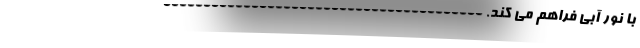
با نور آبی فراهم می کند. ----------------------------------------